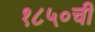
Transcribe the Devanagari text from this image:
१८५०ची